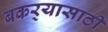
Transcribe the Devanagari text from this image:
बकर्‍यासाठी